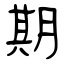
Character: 期